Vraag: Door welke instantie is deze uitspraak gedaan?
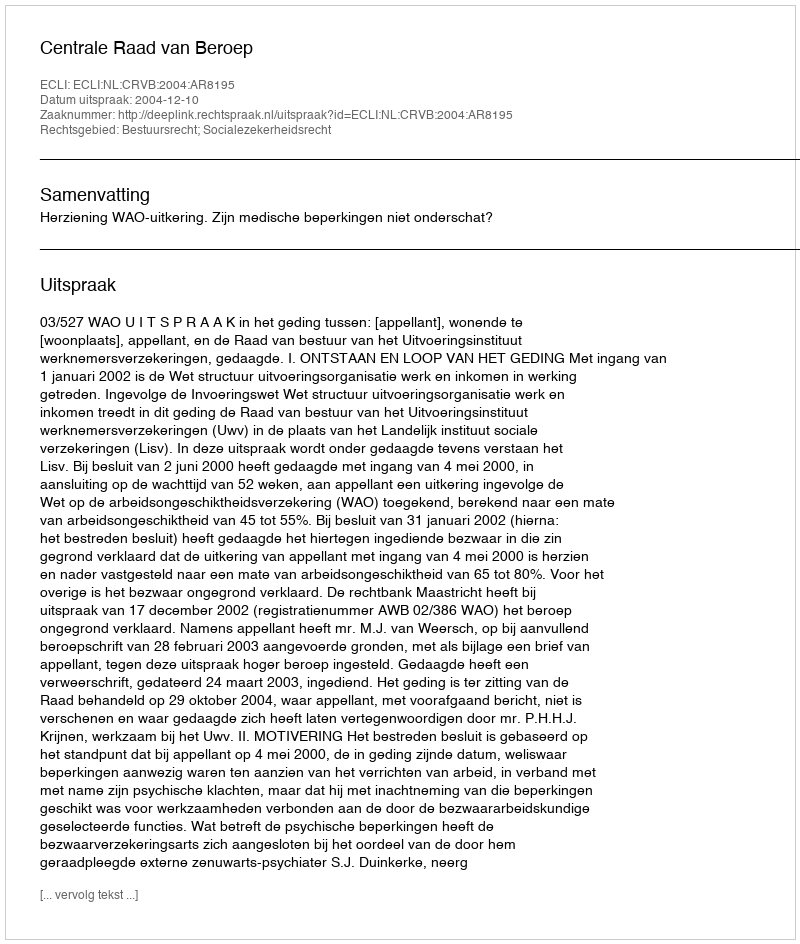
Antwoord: Centrale Raad van Beroep